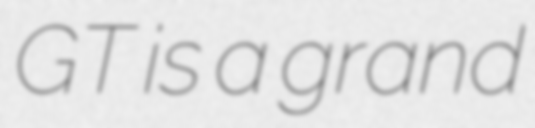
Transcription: GT is a grand